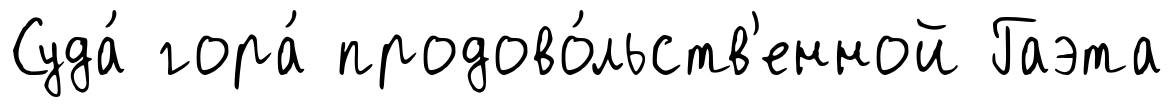
Суда́ гора́ продово́льств'енной Гаэта